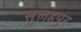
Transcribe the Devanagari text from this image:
सुलहपुर